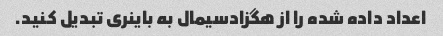
اعداد داده شده را از هگزادسیمال به باینری تبدیل کنید.